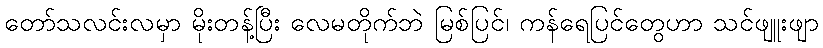
တော်သလင်းလမှာ မိုးတန့်ပြီး လေမတိုက်ဘဲ မြစ်ပြင်၊ ကန်ရေပြင်တွေဟာ သင်ဖျူးဖျာ